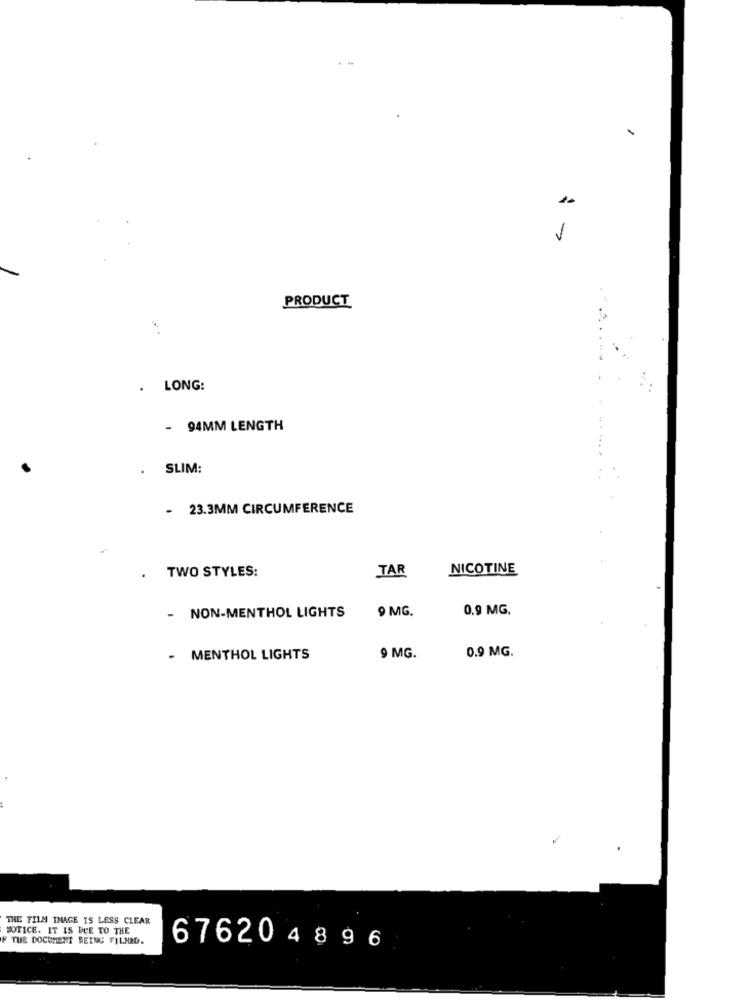
PRODUCT
.
LONG:
- 94MM LENGTH
SLIM:
- 23.3MM CIRCUMFERENCE
TWO STYLES:
TAR
NICOTINE
- NON-MENTHOL LIGHTS
9 MG.
0.9 MG.
- MENTHOL LIGHTS
9 MG.
0.9 MG.
THE FILM IMAGE IS LESS CLEAR
NOTICE. IT IS DUE TO THE
F THE DOCUMENT BEING FILMSD.
676204896